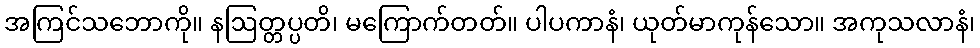
အကြင်သဘောကို။ နဩတ္တပ္ပတိ၊ မကြောက်တတ်။ ပါပကာနံ၊ ယုတ်မာကုန်သော။ အကုသလာနံ၊